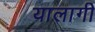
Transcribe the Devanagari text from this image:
यालागी